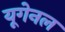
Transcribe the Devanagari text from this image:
यूगेनल